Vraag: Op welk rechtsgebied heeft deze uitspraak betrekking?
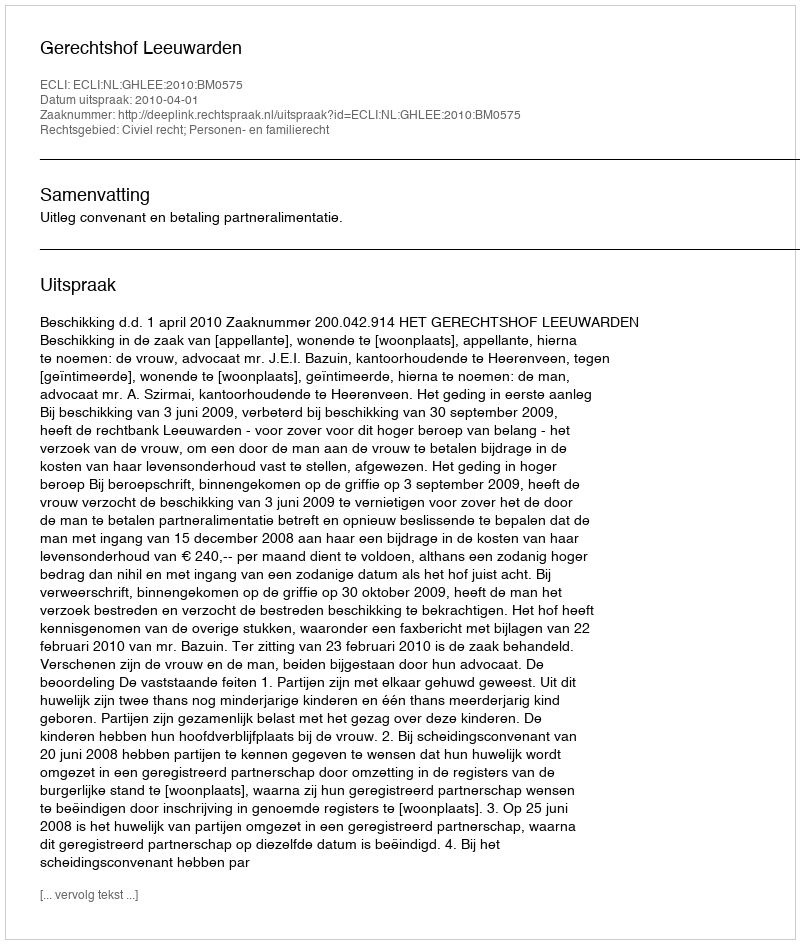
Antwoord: Civiel recht; Personen- en familierecht